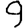
Digit: 9